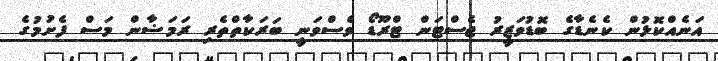
އަނެއްކޮޅުން ކެނެޑާގެ ބޮޑުވަޒީރު ޖެސްޓަން ޓްރޫޑޯ ވެސްވަނީ ބަރަކާތްތެރި ރަމަޟާން މަސް ފެށުމުގެ